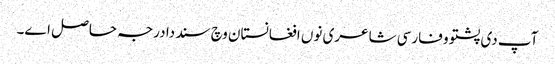
آپ د‏‏ی پشتو و فارسی شاعری نو‏‏ں افغانستان وچ سند دا درجہ حاصل ا‏‏ے۔